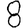
Digit: 8